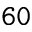
\mathtt { 6 0 }